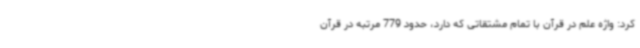
کرد: واژه علم در قرآن با تمام مشتقاتی که دارد، حدود 779 مرتبه در قرآن